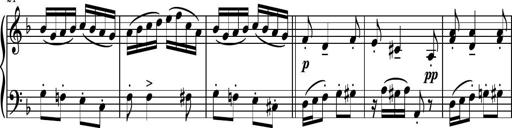
Title: Piano Sonatina II
Composer: Dimitri Sykias
Key: F major